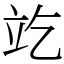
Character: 䇄